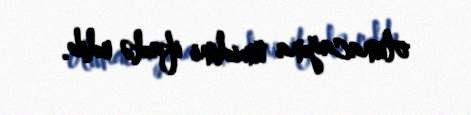
olunacağına ümidini ifadə edib.